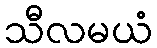
သီလမယံ